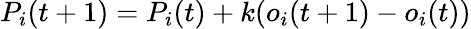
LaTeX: P_{i}(t+1)=P_{i}(t)+k(o_{i}(t+1)-o_{i}(t))